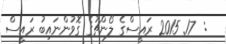
:  17